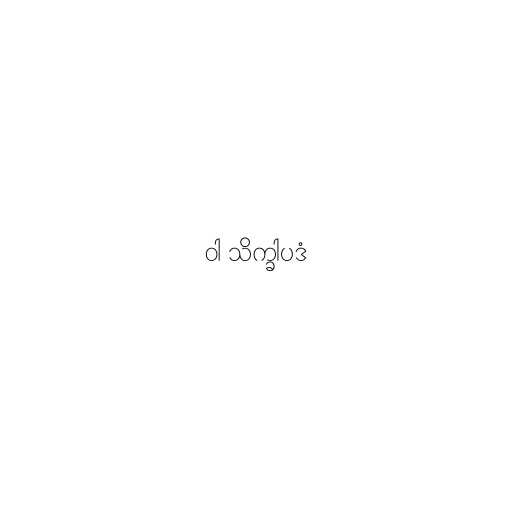
ဝါ သိက္ခါပဒံ